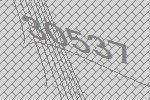
30537